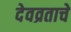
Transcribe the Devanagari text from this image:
देवव्रताचे